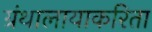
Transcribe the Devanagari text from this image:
ग्रंथालायाकरिता